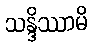
သန္ဒိဿာမိ